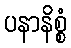
ပနာနိစ္စံ